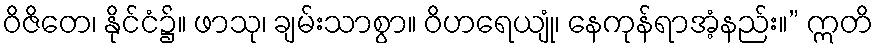
ဝိဇိတေ၊ နိုင်ငံ၌။ ဖာသု၊ ချမ်းသာစွာ။ ဝိဟရေယျုံ၊ နေကုန်ရာအံ့နည်း။” ဣတိ